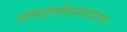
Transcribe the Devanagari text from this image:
व्रतग्रहणदिवसादारभ्य